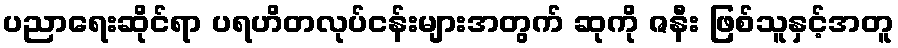
ပညာရေးဆိုင်ရာ ပရဟိတလုပ်ငန်းများအတွက် ဆုကို ဇနီး ဖြစ်သူနှင့်အတူ